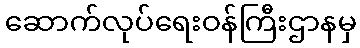
ဆောက်လုပ်ရေးဝန်ကြီးဌာနမှ